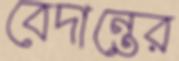
বেদান্তের